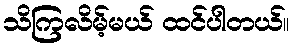
သိကြလိမ့်မယ် ထင်ပါတယ်။